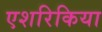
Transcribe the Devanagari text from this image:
एशरिकिया